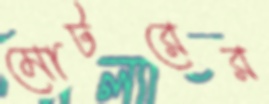
মোটরের